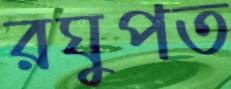
রঘুপত